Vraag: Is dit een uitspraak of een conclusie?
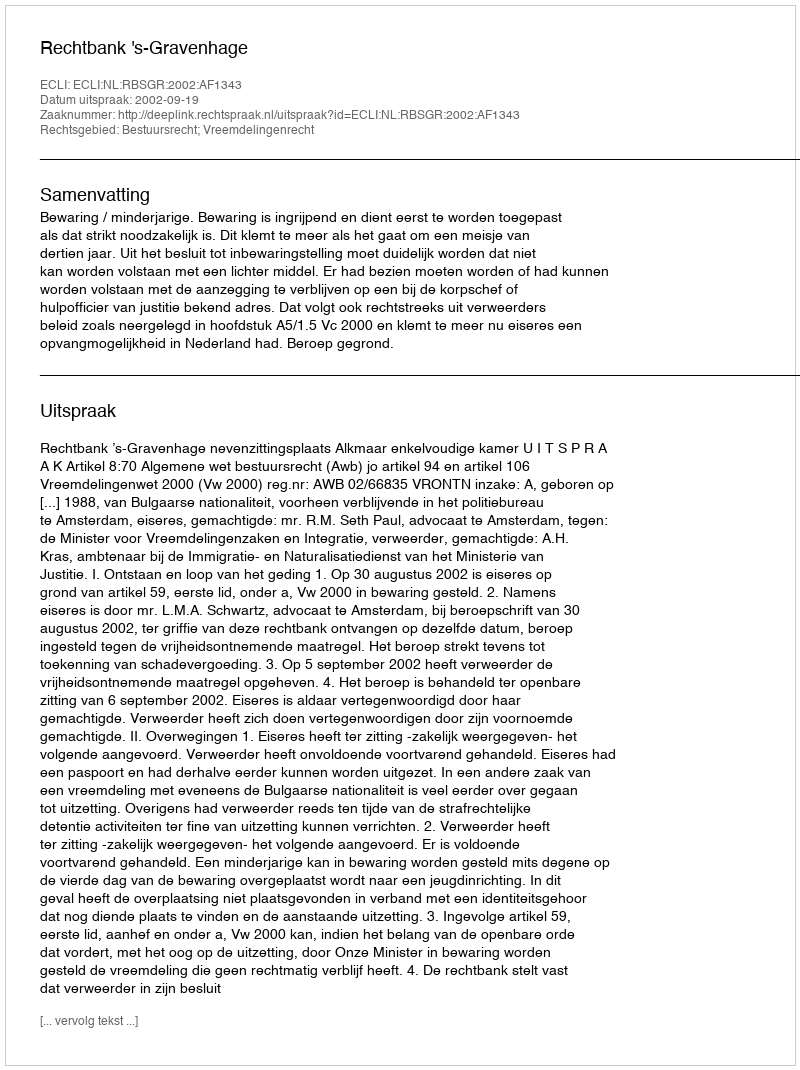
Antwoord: Uitspraak